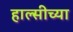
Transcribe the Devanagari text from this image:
हाल्सीच्या